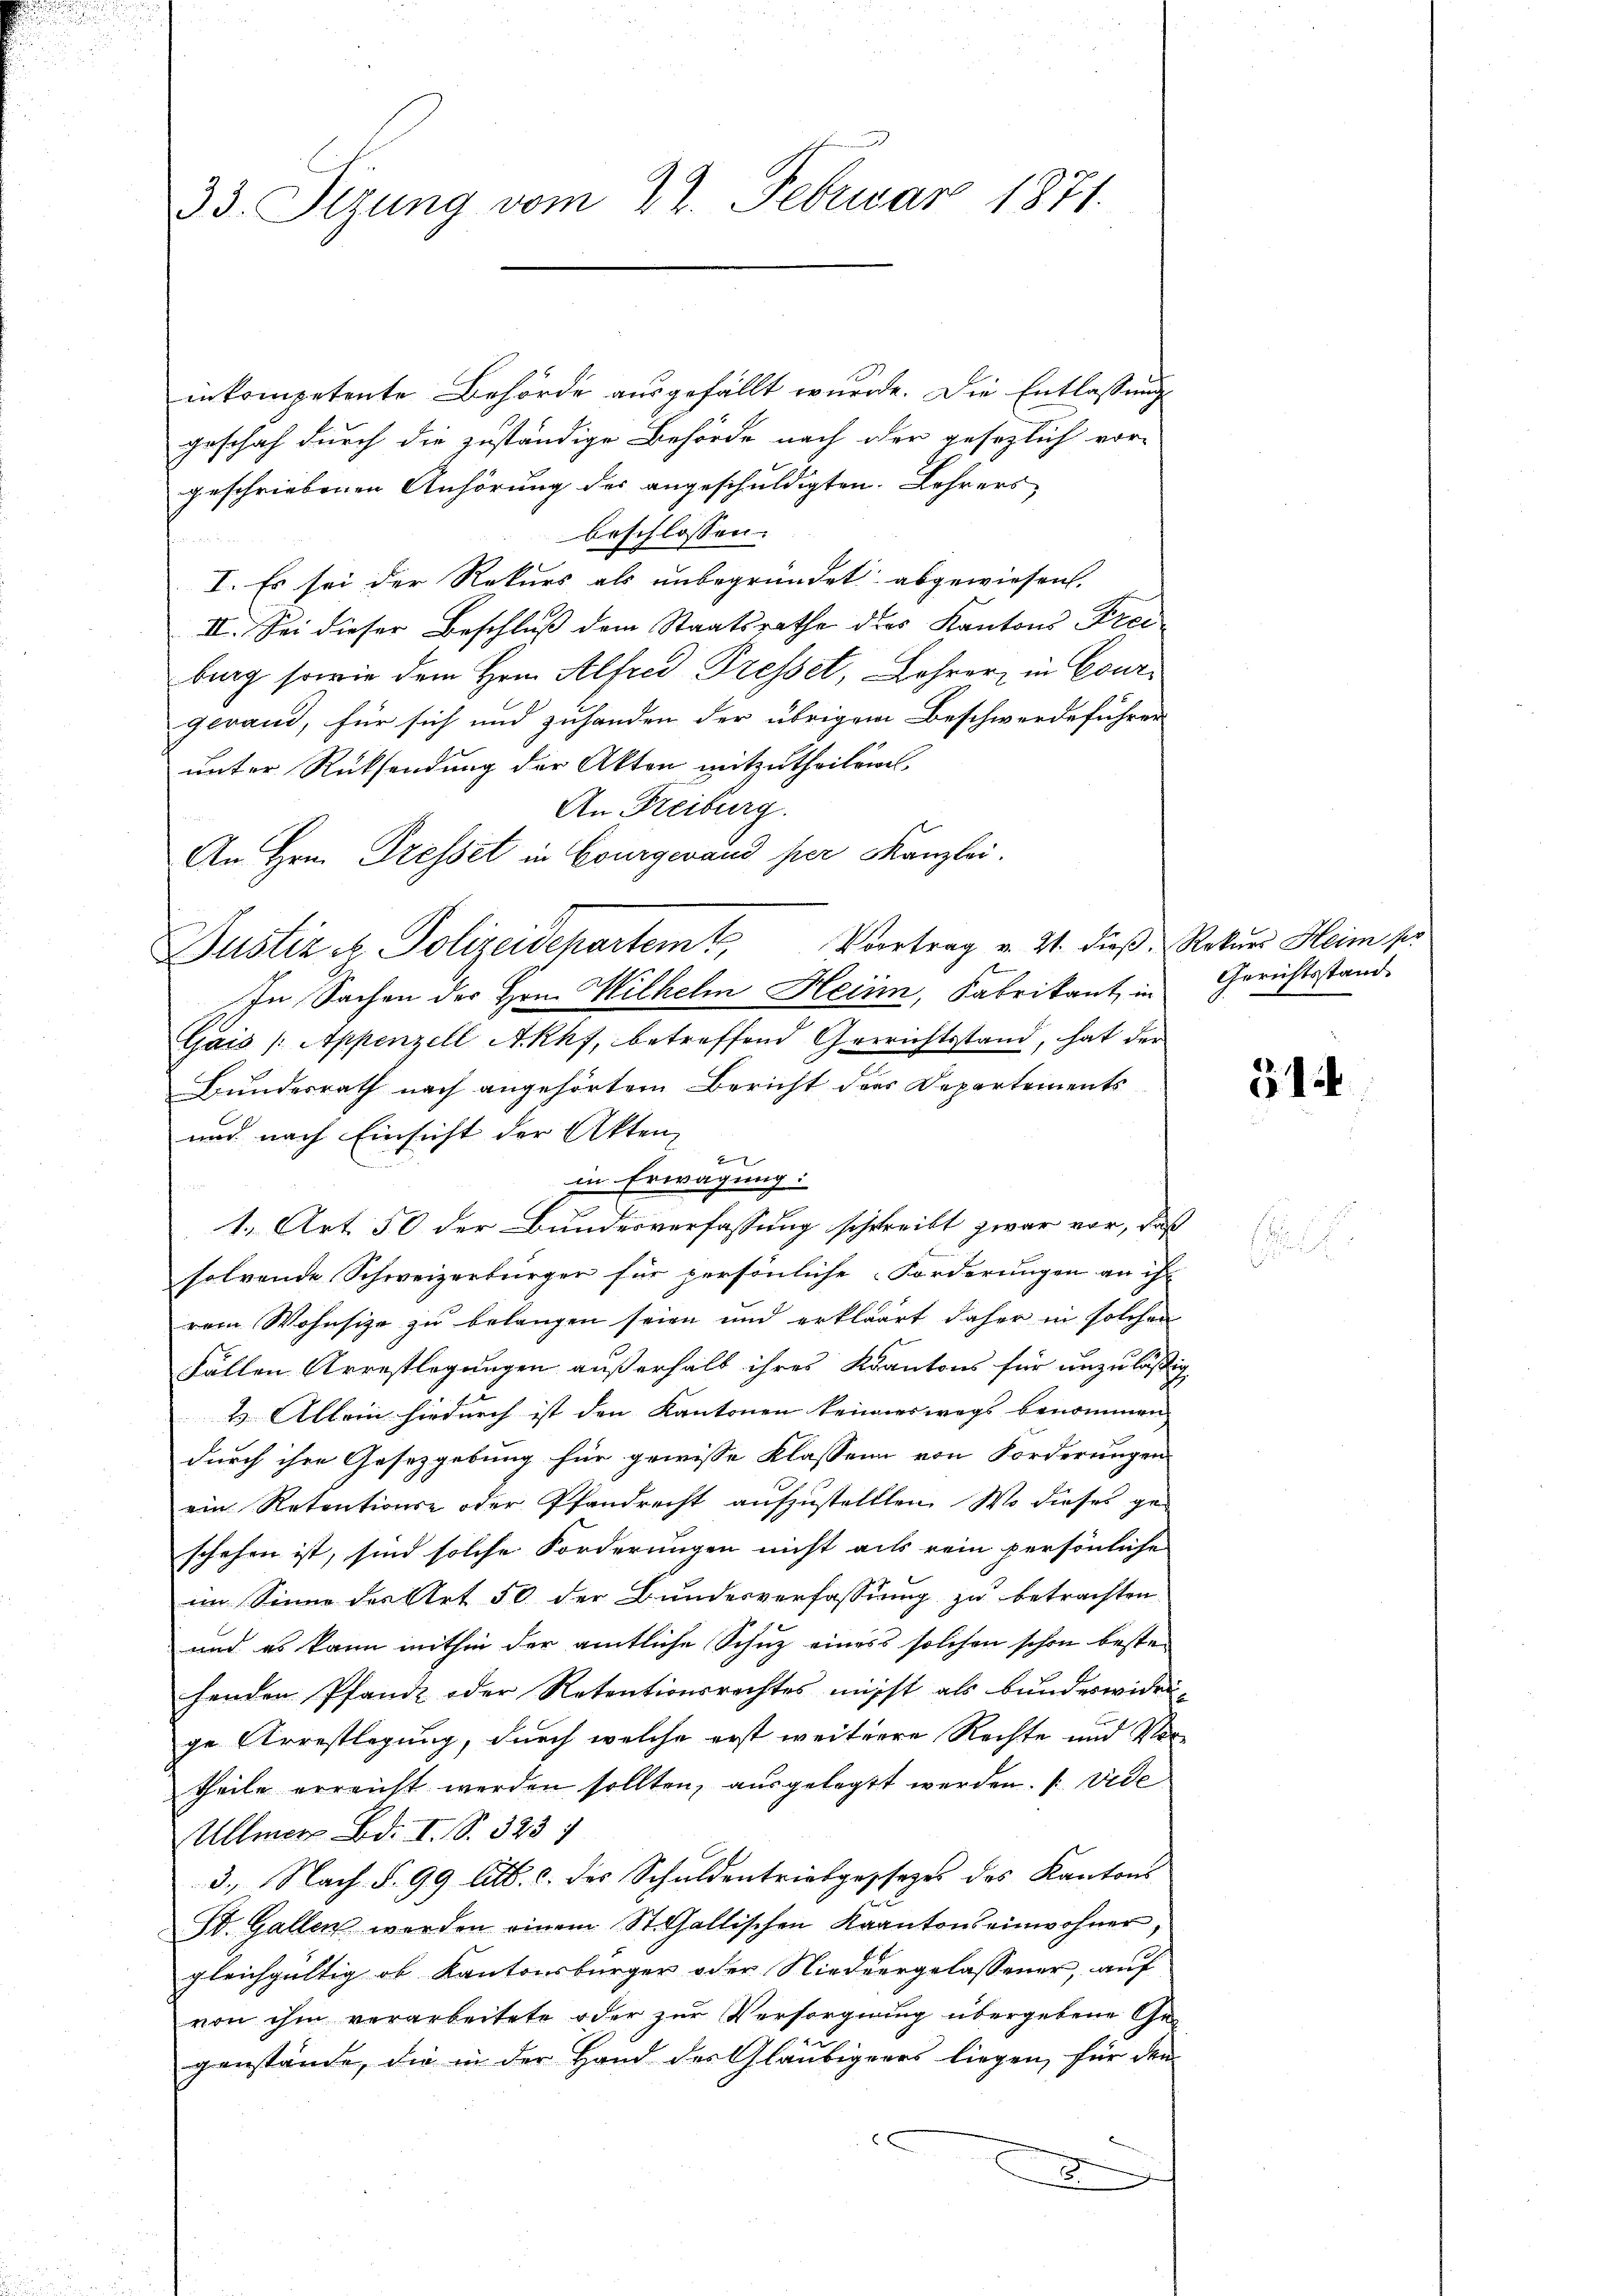
33. Sizung vom 22. Februar 1871.

inkompetente Behörde ausgefällt wurde. Die Entlassung
geschah durch die zuständige Behörde nach der gesezlich vor-
geschriebenen Anhörung der angeschuldigten Lehrers
beschlossen:
I. Es sei der Rekurs als unbegründet abgewiesen.
II. Sei dieser Beschluß dem Staatsrathe dies Kantons Freiburg sowie dem Hrn. Alfred Tresset, Lehrer in Couri
gevand, für sich und zuhanden der übrigem Beschwerdeführer
unter Rücksendung der Akten mitzutheilen.
An Freiburg.
An Hrn. Dresset in Bourgerand per Kanzlei.
Gais /: Appenzell Akhs, betreffend Gerrichtsstand, hat der
Bundesrath nach angehörtem Bericht der Departements
und nach Einsicht der Akten,
f
in Erwägung.
 f
1. Art. 50 der Bundesverfassung schreibt zwar vor, daß
solvende Schweizerbürger für persönliche Forderungen an ihr
rem Wohnsize zu belangen seien und erkläret daher in solchen
Fällen Arrestlegungen außerhalb ihres Kantons für unzuläßig
2.) Allein hiedurch ist den Kantonen keineswegs benommen |
durch ihre Gesetzgebung für gewisse Klassen von Forderungen
ein Retentione oder Pfandrecht aufzustellten. Wo dieses ge-
schehen ist, sind solche Forderungen nicht als rein persönliche
im Sinne des Art 50 der Bundesverfassung zu betrachten,
und es kann mithin der amtliche Schuz eines solchen schon bestehenden Pfande oder Retentionsrechtes nichst als bundeswidrige Arrestlegung, durch welche erst weitere Rechte und Vortheile erreicht werden sollten, ausgelegt werden. ( Vide
Ullmers Bd. I S. 323
3., Nach §. 99 litt. c. des Schuldentriebgessezes des Kantons
St. Gallen werden einem St. Gallischen Kantonseinwohner,
gleichgültig ob Kantonsbürger oder Niedergelassener, auf
von ihm verarbeitete oder zur Versorgnung übergebene Ge-
genstände, die in der Hand der Gläubigenes liegen, für den
e

Justiz & Polizeidepartem Vortrag v. 21. dieß, Rekurs Heim sei
In Sachen der Hrn. Wilhelm Heim, Fabrikant, in

Gerichtsstand.

314